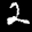
Label: 2